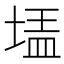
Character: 𰊃